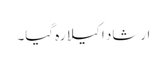
ارشاد اکیلا رہ گیا۔